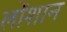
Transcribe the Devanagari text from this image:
लोंशान